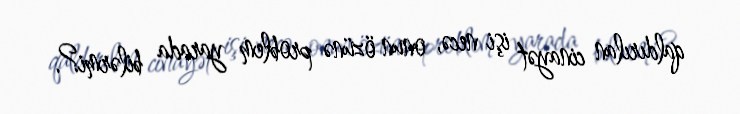
qaldırılan cinayət işi necə, onun özünə problem yarada bilərmi?.